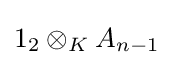
\mathrm {1} _{2}\otimes _{K}A_{n-1}